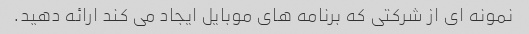
نمونه ای از شرکتی که برنامه های موبایل ایجاد می کند ارائه دهید.